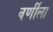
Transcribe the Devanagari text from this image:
वर्णीला